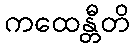
ကထေန္တီတိ